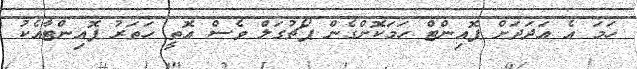
ހަމަ އެ އަދަދަށް ޕޮއިންޓް ހަމަކޮށްގެން ޕޯޗުގަލް ވެސް އޮތީ ހަތަރު ޕޮއިންޓާާއެކު